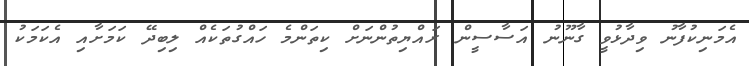
އެމަނިކުފާނު ވިދާޅުވީ ގާނޫނު އަސާސީން ރައްޔިތުންނަށް ކިތަންމެ ހައްގުތަކެއް ލިބިދޭ ކަމަށާއި އެކަމަކު